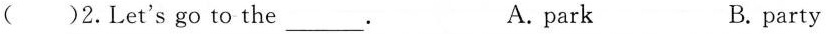
()2.Let's go to the ___A. park B. party